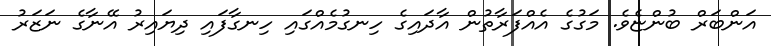
އަންބަރް ބުންޏެވެ. މަގުގެ އެއްފަރާތުން އާދައިގެ ހިނގުމެއްގައި ހިނގާފައި ދިޔައިރު އޭނާގެ ނަޒަރު